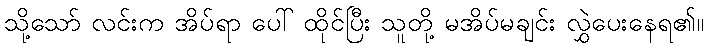
သို့သော် လင်းက အိပ်ရာ ပေါ် ထိုင်ပြီး သူတို့ မအိပ်မချင်း လွှဲပေးနေရ၏။